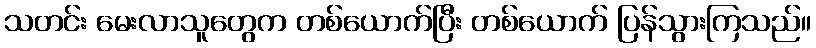
သတင်း မေးလာသူတွေက တစ်ယောက်ပြီး တစ်ယောက် ပြန်သွားကြသည်။